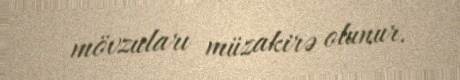
mövzuları müzakirə olunur.